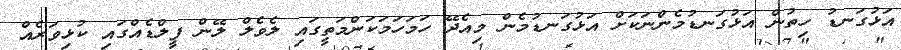
އަޅުގަނޑު ހިތުން އަޅުގަނޑުމެންނަކަށް އަޅުގަނޑުމެން މިއެދޭ ހަމަހަމަކަންމަތީގައި ލެވެލް ލޭން ފީލްޑެއްގައި ކުޅިވަރެއް